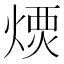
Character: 𤌪